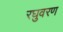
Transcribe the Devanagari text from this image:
रघुवरण